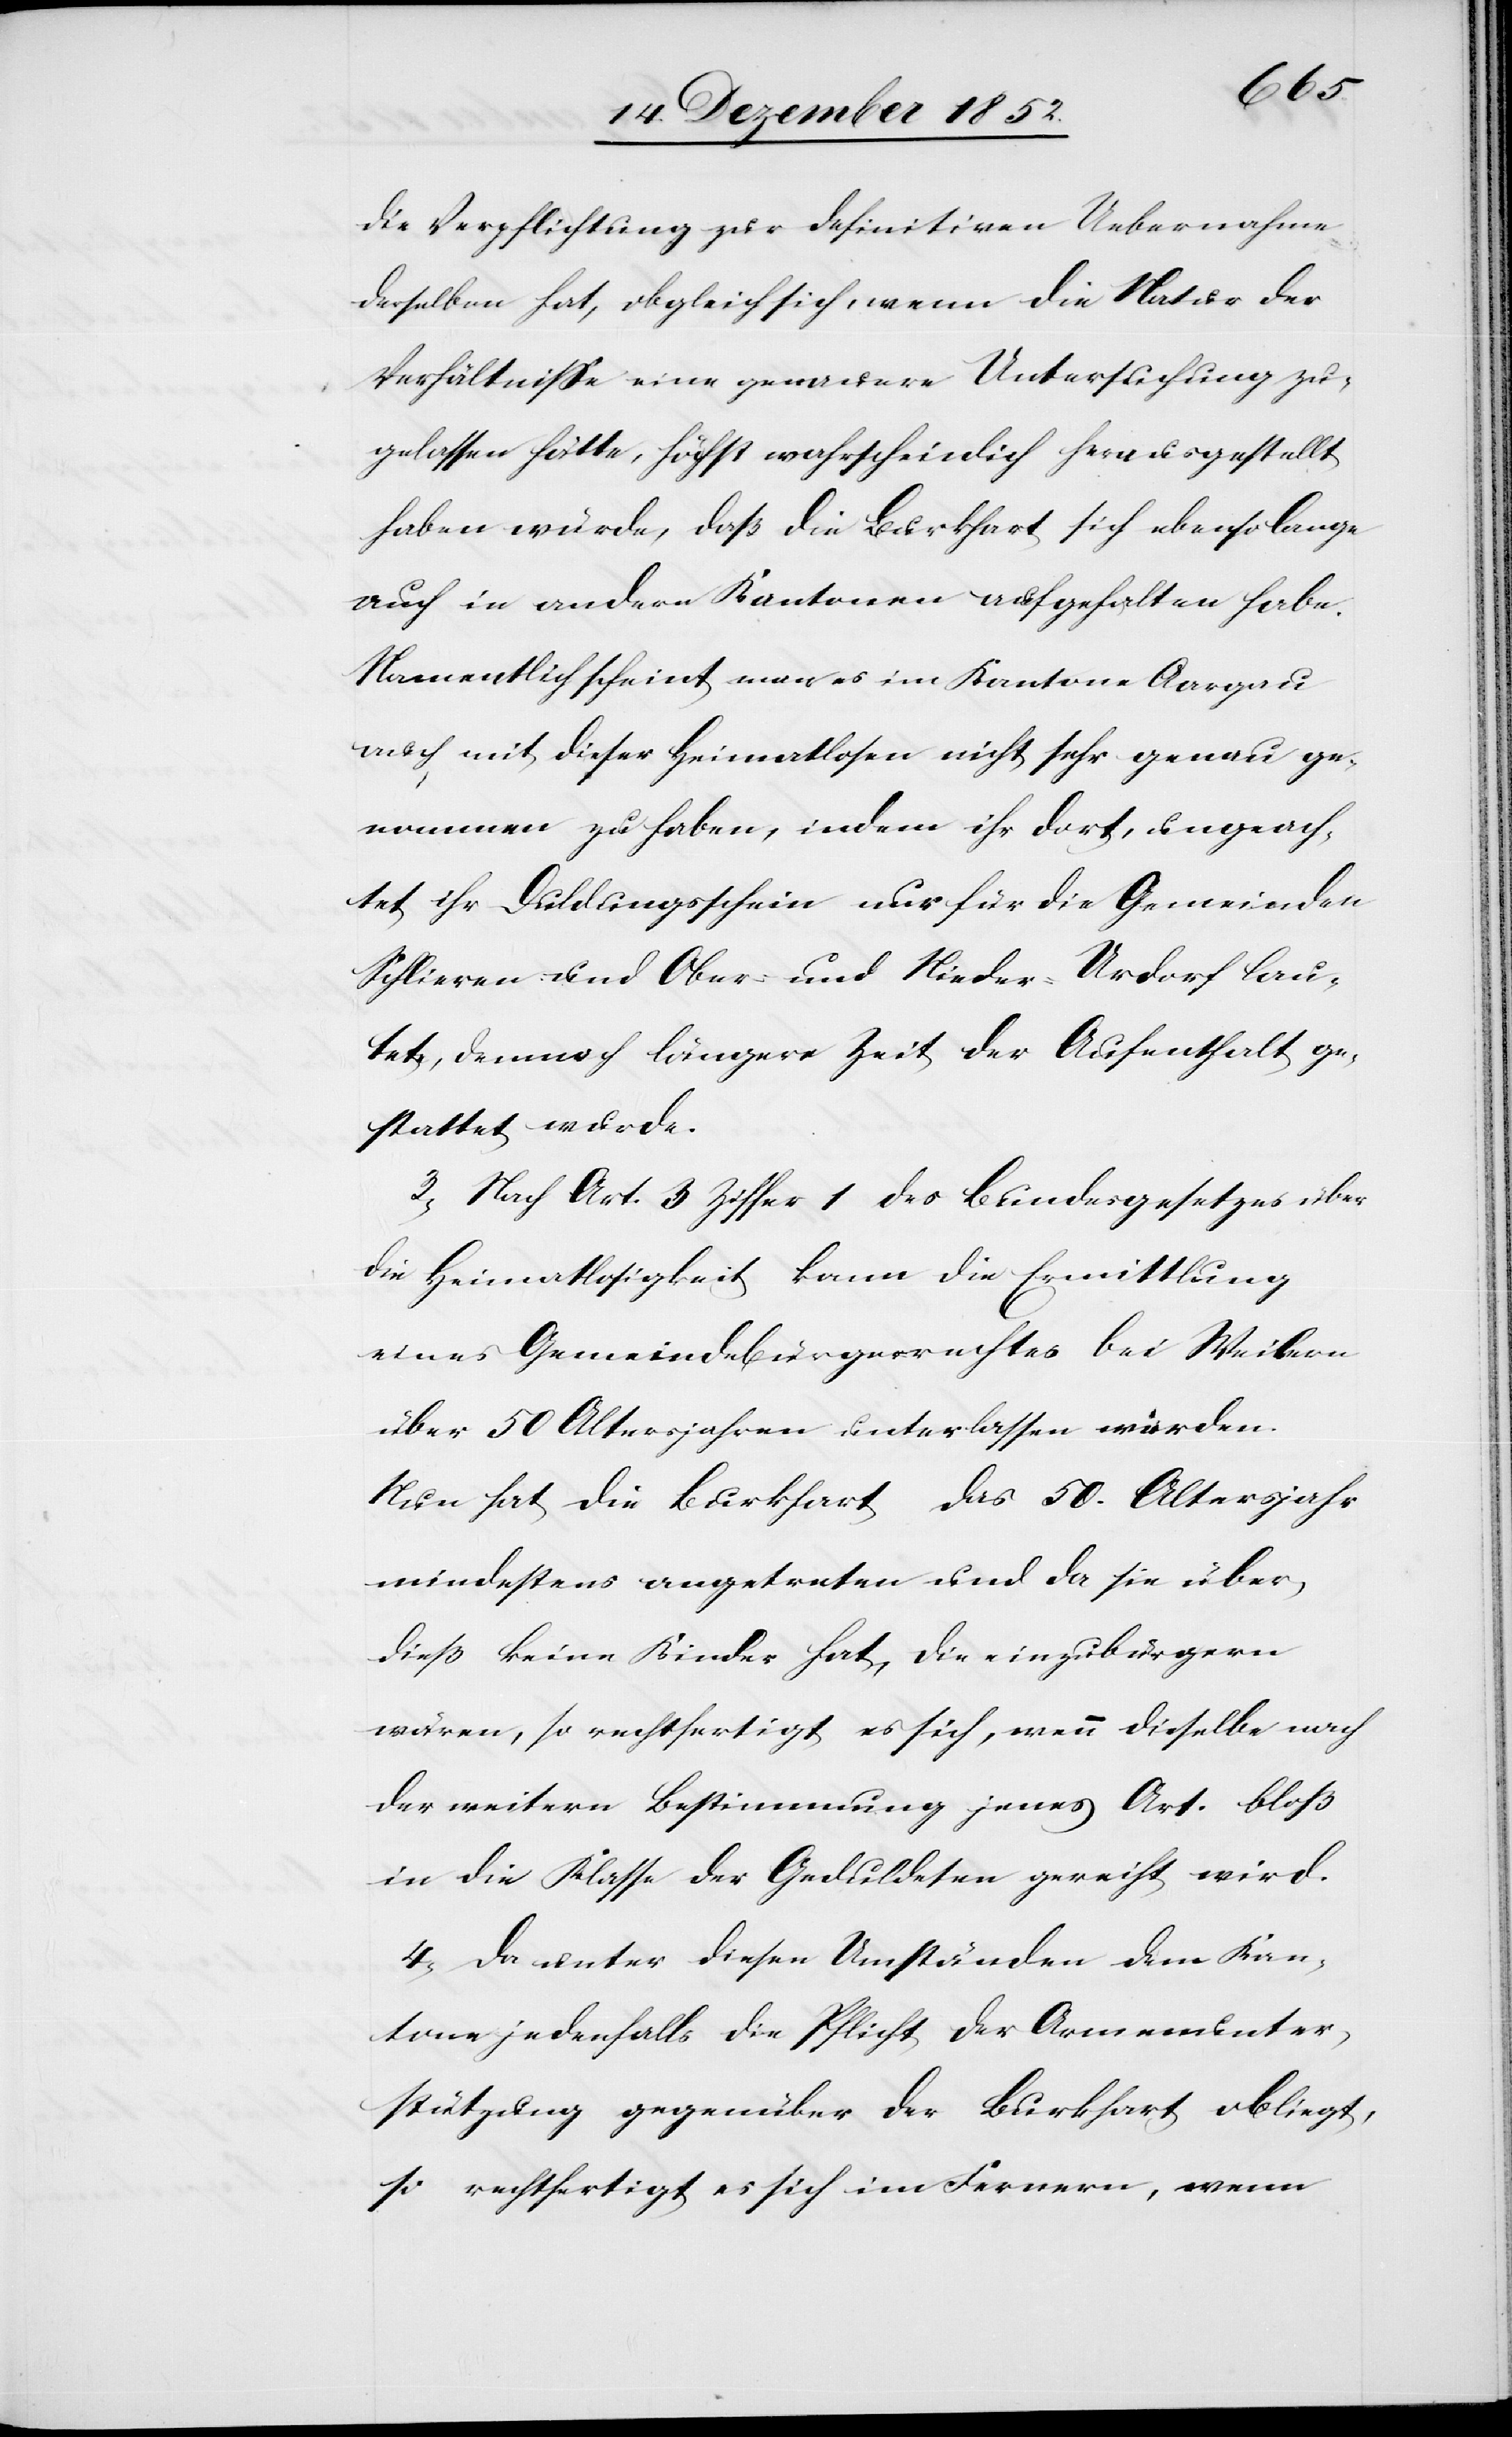
die Verpflichtung zur definitiven Uebernahme
derselben hat, obgleich sich, wenn die Natur der
Verhältnisse eine genauere Untersuchung zu¬
gelassen hätte, höchst wahrscheinlich herausgestellt
haben würde, daß die Burkhart sich ebenso lange
auch in andern Kantonen aufgehalten habe.
Namentlich scheint man es im Kantone Aargau
auch mit dieser Heimatlosen nicht sehr genau ge¬
nommen zu haben, indem ihr dort, ungeach¬
tet ihr Duldungsschein nur für die Gemeinden
Schlieren und Ober- und Nieder-Urdorf lau¬
tete, dennoch längere Zeit der Aufenthalt ge¬
stattet wurde.
3, Nach Art. 3 Ziffer 1 des Bundesgesetzes über
die Heimatlosigkeit kann die Ermittlung
eines Gemeindebürgerrechtes bei Weibern
über 50 Altersjahren unterlassen werden.
Nun hat die Burkhart das 50. Altersjahr
mindestens angetreten und da sie über¬
dieß keine Kinder hat, die einzubürgern
wären, so rechtfertigt es sich, wenn dieselbe nach
der weitern Bestimmung jenes Art. bloß
in die Klasse der Geduldeten gereiht wird.
4, Da unter diesen Umständen dem Kan¬
tone jedenfalls die Pflicht der Armenunter¬
stützung gegenüber der Burkhart obliegt,
so rechtfertigt es sich im Fernern, wenn